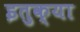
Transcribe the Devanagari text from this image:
इतुक्या